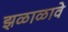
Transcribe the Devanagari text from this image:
झळाळावे